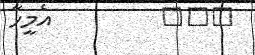
١٢٥         އެމީހާ